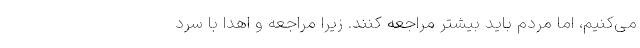
می‌کنیم، اما مردم باید بیشتر مراجعه کنند. زیرا مراجعه و اهدا با سرد